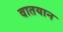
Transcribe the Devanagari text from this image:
वातयान